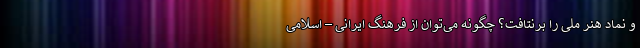
و نماد هنر ملی را برنتافت؟ چگونه می‌توان از فرهنگ ایرانی – اسلامی